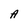
Character: A